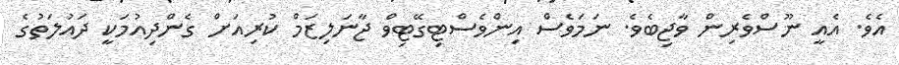
އެވެ. އެއީ ނޫސްވެރިން ވާޖިބެވެ. ނަމަވެސް އިންވެސްޓިގޭޓިވް ޖާނަލިޒަމް ކުރިއަށް ގެންދިއުމަކީ ދައުލަތުގެ